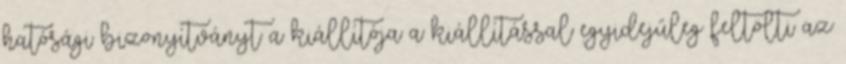
hatósági bizonyítványt a kiállítója a kiállítással egyidejűleg feltölti az